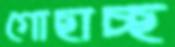
গোছাচ্ছ